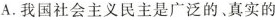
A.我国社会主义民主是广泛的、真实的